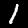
Digit: 1